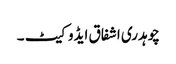
چوہدری اشفاق ایڈوکیٹ ۔